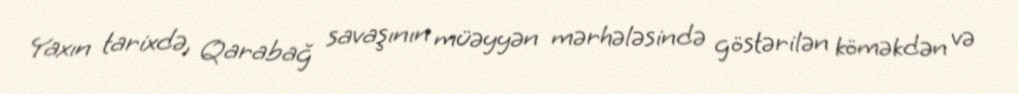
Yaxın tarixdə, Qarabağ savaşının müəyyən mərhələsində göstərilən köməkdən və